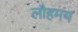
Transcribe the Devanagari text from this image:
लौहमय